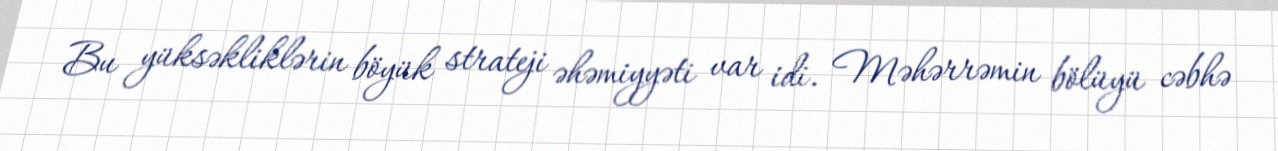
Bu yüksəkliklərin böyük strateji əhəmiyyəti var idi. Məhərrəmin bölüyü cəbhə